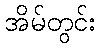
အိမ်တွင်း